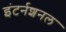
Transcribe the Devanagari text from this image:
इंटर्नशनल